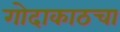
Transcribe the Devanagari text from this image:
गोदाकाठचा